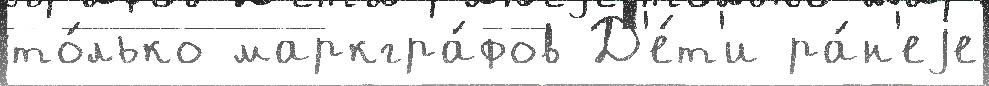
то́лько маркгра́фов Д'е́т'и ра́н'еjе